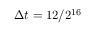
\Delta t = 1 2 / 2 ^ { 1 6 }